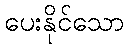
ပေးနိုင်သော